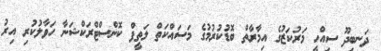
ދަނބިދޫ ސިއްހީ މަރުކަޒުގެ އިމާރާތް ބޮޑުކުރުމުގެ މަސައްކަތް ލަތީފް ކޮންސްޓްރަކްޝަނާ ހަވާލުކުރި އިރު